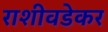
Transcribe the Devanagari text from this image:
राशीवडेकर